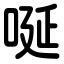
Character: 唌